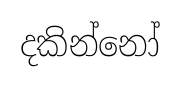
දකින්නෝ